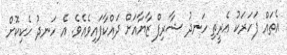
އެތައް ފަހަރަކު އެރީތި ހަނދު ޝާރިފް ޒާޔާއަށް ދައްކާފައިވެއެވެ. އެ ހަނދު ހެކިކޮށް